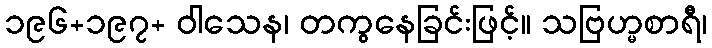
၁၉၆+၁၉၇+ ဝါသေန၊ တကွနေခြင်းဖြင့်။ သဗြဟ္မစာရီ၊